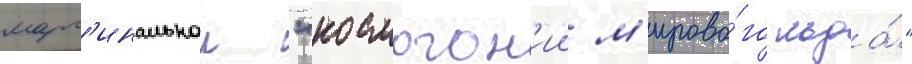
марг'инальнои "космогон'ии м'ирово́го льда́"